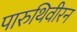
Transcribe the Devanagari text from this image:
पारुथिवीरन